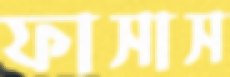
ফাসাস